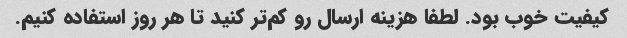
کیفیت خوب بود. لطفا هزینه ارسال رو کم‌تر کنید تا هر روز استفاده کنیم.